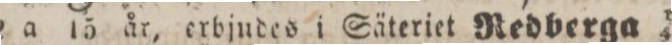
under 12 a 15 år, erbjudes i Säteriet Redberga